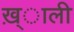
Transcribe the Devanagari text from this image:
ख़्ाली